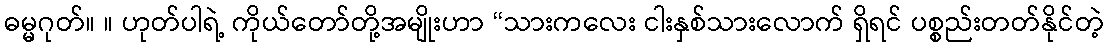
ဓမ္မဂုတ်။ ။ ဟုတ်ပါရဲ့ ကိုယ်တော်တို့အမျိုးဟာ “သားကလေး ငါးနှစ်သားလောက် ရှိရင် ပစ္စည်းတတ်နိုင်တဲ့